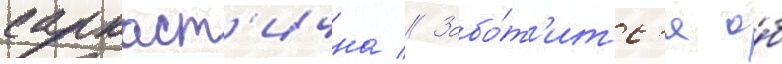
саркаст'ична // Забо́т'итс'я о́б